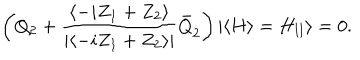
\left( Q _ { 2 } + \frac { \langle - i Z _ { 1 } + Z _ { 2 } \rangle } { | \langle - i Z _ { 1 } + Z _ { 2 } \rangle | } \bar { Q } _ { \dot { 2 } } \right) | \langle H \rangle = H _ { \mathrm { I I } } \rangle = 0 .